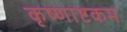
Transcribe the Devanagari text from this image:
कृष्णाष्टकम